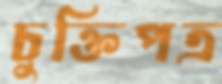
চুক্তিপত্র